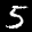
Label: 5